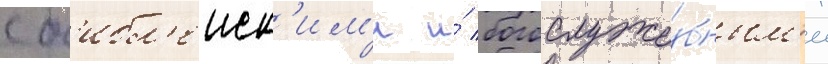
с б'ибл'еиск'им'и и́ богослуже́бным'и